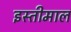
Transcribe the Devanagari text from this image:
इस्तीमाल